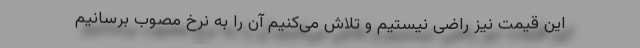
این قیمت نیز راضی نیستیم و تلاش می‌کنیم آن را به نرخ مصوب برسانیم